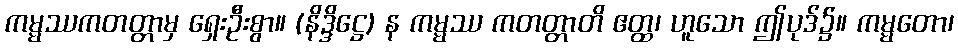
ကမ္မဿကတတ္တာမှ ရှေးဦးစွာ။ (နိဒ္ဒိဋ္ဌေ) န ကမ္မဿ ကတတ္တာတိ ဧတ္ထ၊ ဟူသော ဤပုဒ်၌။ ကမ္မတော၊